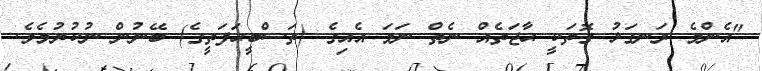
"އެންމެ ރަނގަޅު ގޮތަކީ ޙާޖަތެއް ނެތް ނަމަ އެއިގެ (ތަސްބީޙަފަތީގެ) ބޭނުން ނުކުރުމެވެ.